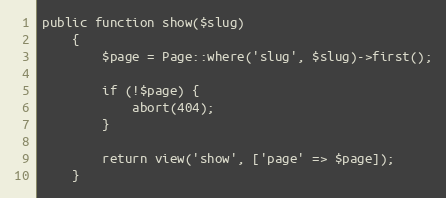
Language: PHP
public function show($slug)
    {
        $page = Page::where('slug', $slug)->first();

        if (!$page) {
            abort(404);
        }

        return view('show', ['page' => $page]);
    }